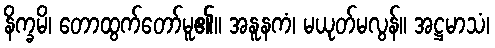
နိက္ခမိ၊ တောထွက်တော်မူ၏။ အနူနကံ၊ မယုတ်မလွန်။ အဋ္ဌမာသံ၊